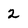
Character: 2